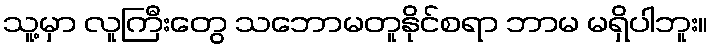
သူ့မှာ လူကြီးတွေ သဘောမတူနိုင်စရာ ဘာမ မရှိပါဘူး။